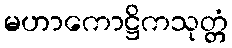
မဟာကောဋ္ဌိကသုတ္တံ